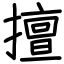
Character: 擅